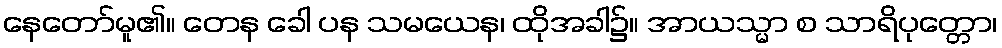
နေတော်မူ၏။ တေန ခေါ ပန သမယေန၊ ထိုအခါ၌။ အာယသ္မာ စ သာရိပုတ္တော၊